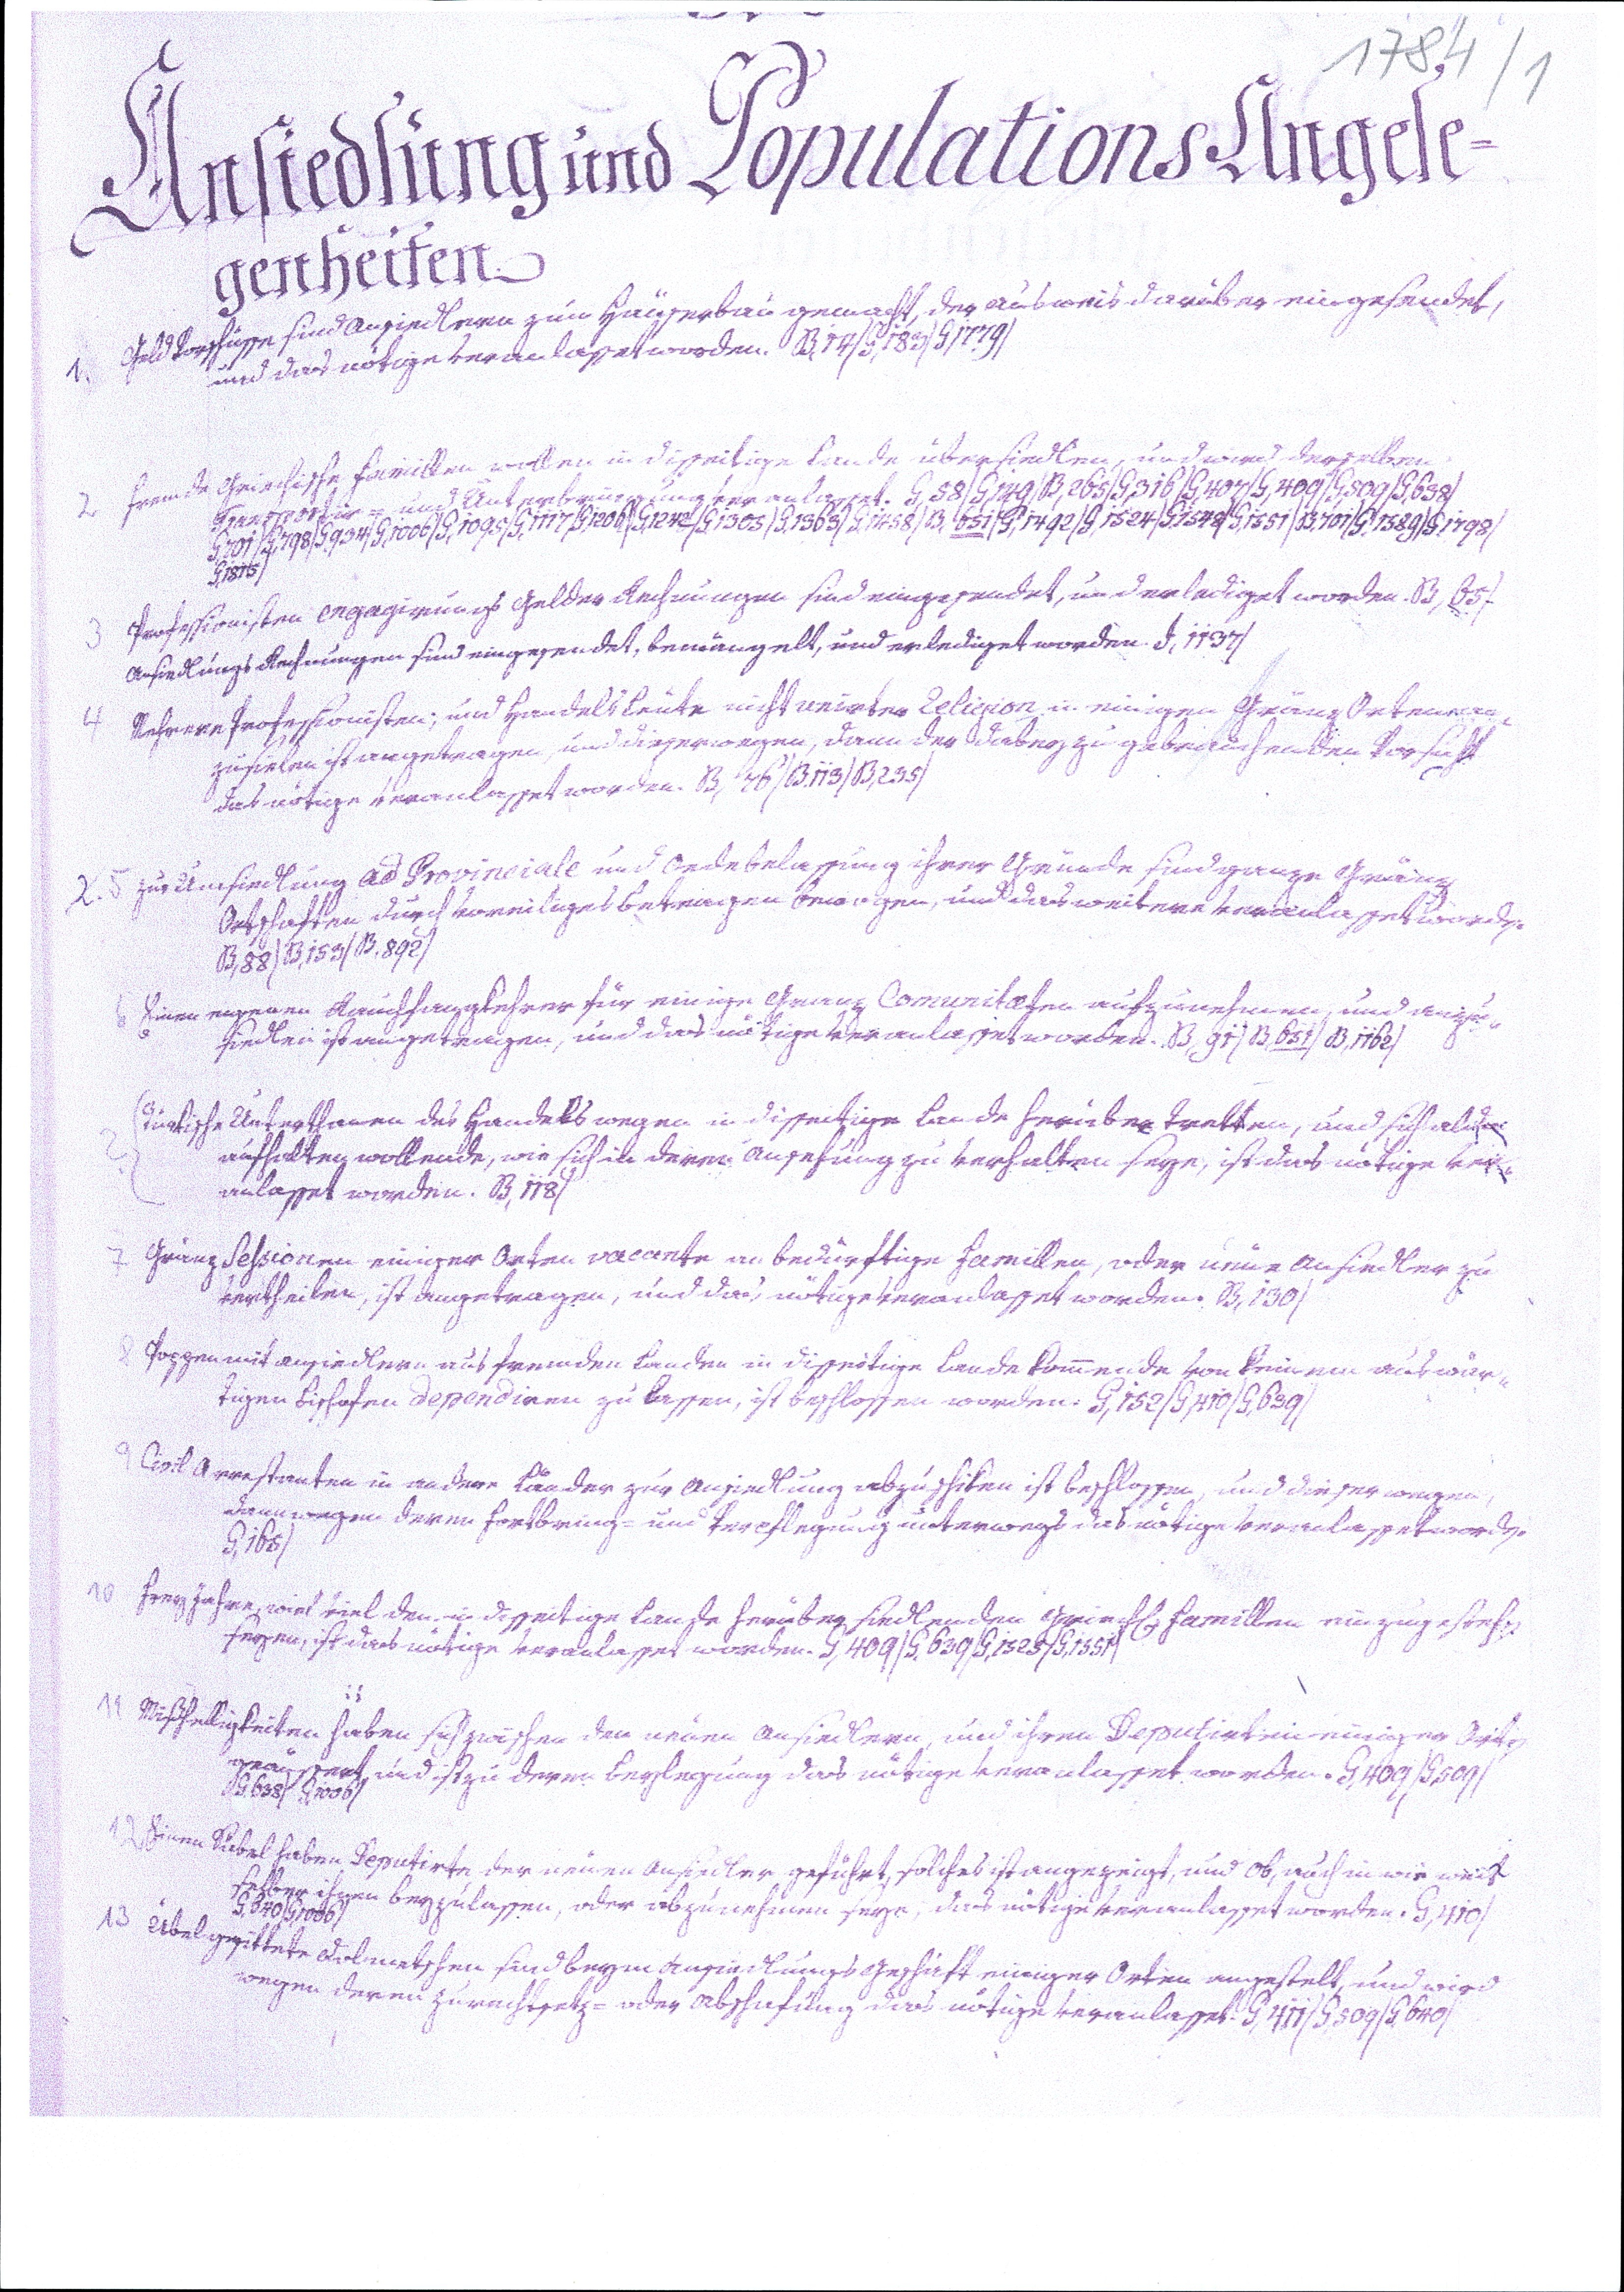
1784/1
Ansiedlung und Populations Angele¬
genheiten.
1. Geld Vorschüsse sind Ansiedlern zum Häuserbau gemacht, der Ausweis darüber eingesendet,
und das nötige veranlasset worden. B,14/G,183/G1779/
2 Fremde Griechische Famillen wollen in disseitige Lande übersiedlen, und wird derselben
Transportir= und Unterbringung veranlasset. G,58/G,149/B,265/G,316/G,407/G,409/G,509/G,638/
G,701/G,798/G,934/G,1006/G,1095/G,1117/G,1206/G,1242/G,1305/G,1563/G,1458/B,651/G,1492/G,1524/G,1548/G,1551/B,701/G,1589/G,1798/
G,1815/
3 Professionisten engagirungs Gelder Rechnungen sind eingesendet, und erlediget worden. B,65/
Ansiedlungs Rechnungen sind eingesendet, bemängelt, und erlediget worden. D,1137/
4 Mehrere Professionisten; und Handels Leute nicht unirter Religion in einigen Gränz Orten an¬
zusielen ist angetragen, und dieserwegen, dann der dabey zugebrauchenden Vorsicht
das nötige veranlasset worden. B,76/B.113/B,235/
2. 5 zur Umsiedlung ad Provinciale und Oedebelassung ihrer Gründe sind ganze Gränz
Ortschaften durch voreiliges Betragen bewogen, und das weitere veranlasset worden.
B,88/B,153/B,892/
6 Einen eigenen Rauchfangkehrer für einige Granz Comunitaten aufzunehmen, und anzu¬
siedlen ist angetragen, und das nötige veranlasset worden. B,91/B,651/B,1162/
Türkische Unterthanen des Handels wegen in disseitige Lande herübertretten, und sich alda
aufhalten wollende, wie sich in deren Ansehung zu verhalten seye, ist das nötige ver¬
anlasset worden. B,118/
7 Gränz Sessionen einiger Orten vacante an bedürftige Famillen, oder neue Ansiedler zu
vertheilen, ist angetragen, und das nötige veranlasset worden. B,130/
8 Poppen mit Ansiedlern aus fremden Landen in disseitige Lande kommende von keinem auswär¬
tigen Bischofen dependiren zu lassen, ist beschlossen worden. G,152/G,410/G,639/
9 Civil Arrestanten in andere Länder zur Ansiedlung abzuschiken ist beschlossen, und dieser wegen,
dann wegen deren Fortbring= und Verpflegung unterwegs das nötige veranlasset worden.
G,165/
10 Frey Jahre, wie viel den in disseitige Lande herüber siedlenden griech. Famillen einzugestehen
seyen, ist das nötige veranlasset worden. G,409/G,639/G,1525/G,1551/
11 Mißfalligkeiten haben sich zwischen den neuen Ansiedlern, und ihren Deputirten einiger Orten
geäussert und ist zu deren Beylegung das nötige veranlasset worden. G,409/G,509/
G.638/G1006/
12 Einen Säbel haben Deputirte der neuen Ansiedler geführt, solches ist angezeigt, und ob, auch in wie weit
selber ihnen beyzulassen, oder abzunehmen seye, das nötige veranlasset worden. G,410/
G,640/G,1006/
13 Übelgesittete Dolmetschen sind beym Ansiedlungsgeschäft einiger Orten angestelt, und wird
wegen deren zurechtsetz= oder Abschafung das nötige veranlasset. G,411/G,509/G640/